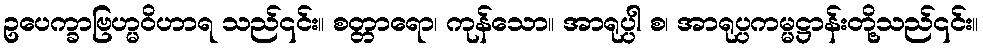
ဥပေက္ခာဗြဟ္မဝိဟာရ သည်၎င်း။ စတ္တာရော၊ ကုန်သော။ အာရုပ္ပါ စ၊ အာရုပ္ပကမ္မဋ္ဌာန်းတို့သည်၎င်း။